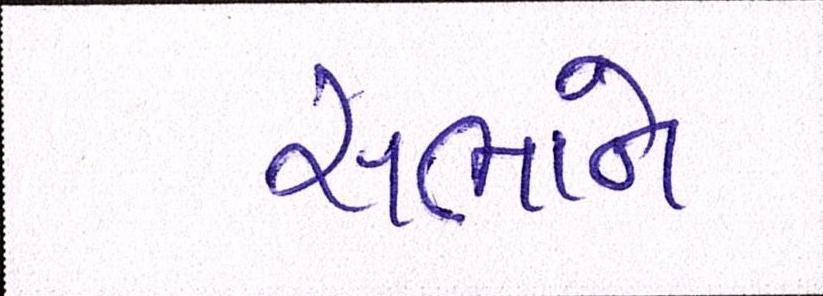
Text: સભાને